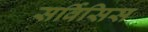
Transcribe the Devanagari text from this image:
सर्विसिस